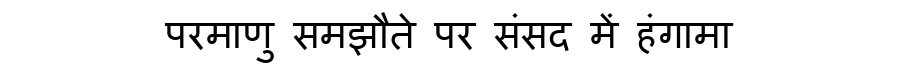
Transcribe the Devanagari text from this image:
परमाणु समझौते पर संसद में हंगामा